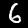
Label: 6